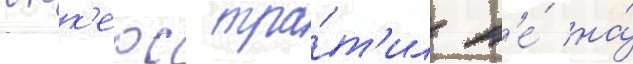
юнк'ерс тра́т'ил н'е́ на́